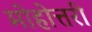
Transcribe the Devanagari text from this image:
मोहोत्तरी